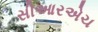
સીઆરએચ